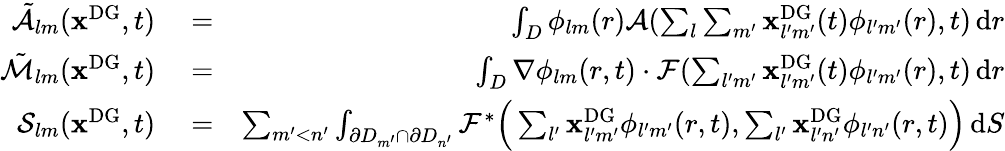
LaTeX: \begin{array}{rlr}{\tilde{\mathcal{A}}_{lm}(\mathbf{x}^{\mathrm{{DG}}},t)}&{{}=}&{\int_{D}\phi_{lm}(r)\mathcal{A}(\sum_{l}\sum_{m^{\prime}}\mathbf{x}_{l^{\prime}m^{\prime}}^{\mathrm{{DG}}}(t)\phi_{l^{\prime}m^{\prime}}(r),t)\, \mathrm{d}r}\\ {\tilde{\mathcal{M}}_{lm}(\mathbf{x}^{\mathrm{{DG}}},t)}&{{}=}&{\int_{D}\nabla\phi_{lm}(r,t)\cdot\mathcal{F}(\sum_{l^{\prime}m^{\prime}}\mathbf{x}_{l^{\prime}m^{\prime}}^{\mathrm{{DG}}}(t)\phi_{l^{\prime}m^{\prime}}(r),t)\, \mathrm{d}r}\\ {\mathcal{S}_{lm}(\mathbf{x}^{\mathrm{{DG}}},t)}&{{}=}&{\sum_{m^{\prime}<n^{\prime}}\int_{\partial D_{m^{\prime}}\cap\partial D_{n^{\prime}}}\mathcal{F}^{*}\Big(\sum_{l^{\prime}}\mathbf{x}_{l^{\prime}m^{\prime}}^{\mathrm{{DG}}}\phi_{l^{\prime}m^{\prime}}(r,t),\sum_{l^{\prime}}\mathbf{x}_{l^{\prime}n^{\prime}}^{\mathrm{{DG}}}\phi_{l^{\prime}n^{\prime}}(r,t)\Big)\, \mathrm{d}S}\end{array}